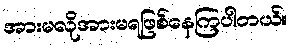
အားမလိုအားမရဖြစ်နေကြပါတယ်။